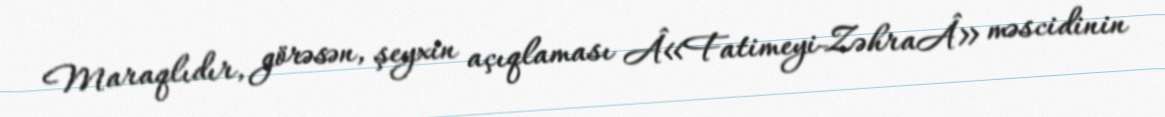
Maraqlıdır, görəsən, şeyxin açıqlaması Â«Fatimeyi-ZəhraÂ» məscidinin